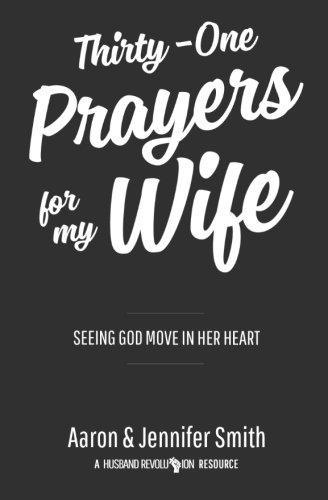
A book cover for Thirty-One Prayers For My Wife: Seeing God Move In Her Heart; Aaron Smith; Christian Books & Bibles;